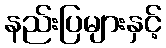
နည်းပြများနှင့်